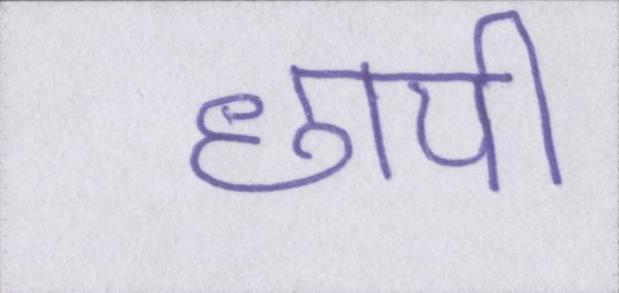
छापी